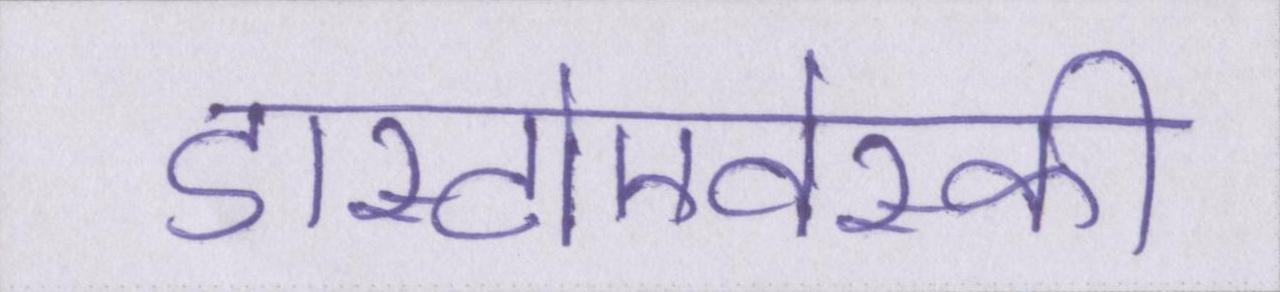
डास्टोएवेस्की